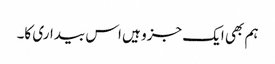
ہم بھی ایک جزو ہیں اس بیداری کا۔